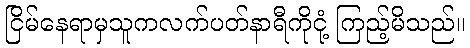
ငြိမ်နေရာမှသူကလက်ပတ်နာရီကိုငုံ့ ကြည့်မိသည်။